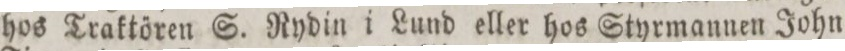
hos Traktören S. Rydin i Lund eller hos Styrmannen John